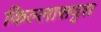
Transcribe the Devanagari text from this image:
किल्लासदृश